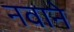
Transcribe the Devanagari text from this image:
नवाने